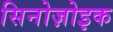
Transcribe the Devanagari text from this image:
सिनोज़ोइक